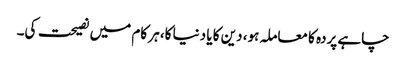
چاہے پردہ کا معاملہ ہو، دین کا یا دنیا کا، ہر کام میں نصیحت کی۔